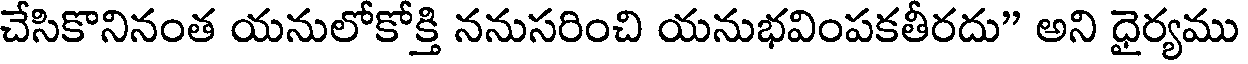
చేసికొనినంత యనులోకోక్తి ననుసరించి యనుభవింపకతీరదు" అని ధైర్యము